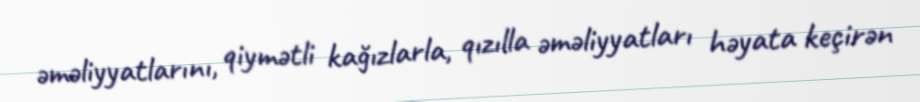
əməliyyatlarını, qiymətli kağızlarla, qızılla əməliyyatları həyata keçirən